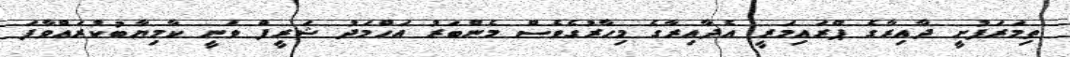
ތިމަރަފުށީ ދާއިރާގެ ޕްރައިމަރީ އެދާއިރާގެ މިހާރުގެވެސް މެންބަރު އަހްމަދު ޝަރީފް ވަނީ ކާމިޔާބުކުރައްވާފަ